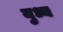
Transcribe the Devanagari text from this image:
युध्य